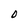
Character: 0